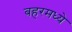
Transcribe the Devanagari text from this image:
बहरमध्ये